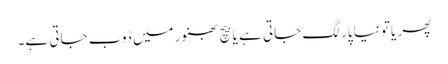
پھر یاتو نیا پار لگ جاتی ہے یا بیچ بھنور میں ڈوب جاتی ہے۔